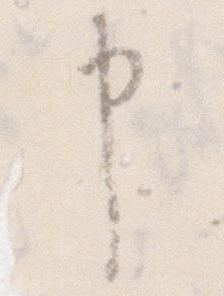
申